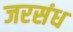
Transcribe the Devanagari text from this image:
जरसंध